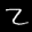
Label: 2